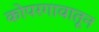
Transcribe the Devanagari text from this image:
कोपरगावातून